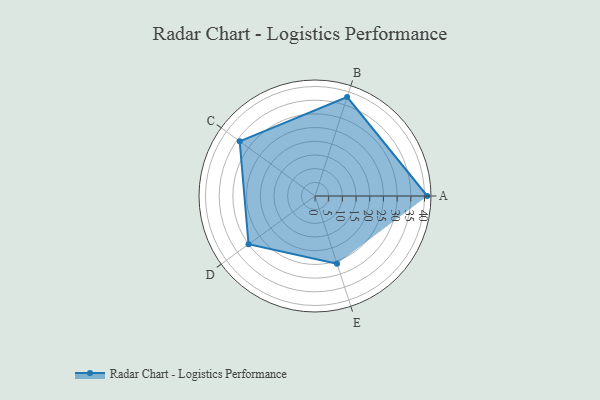
{"axis": {"x": "Skill", "y": "Score"}, "legend": ["Profile"], "data": [{"x": "A", "y": 41.0, "type": "Profile"}, {"x": "B", "y": 38.0, "type": "Profile"}, {"x": "C", "y": 34.0, "type": "Profile"}, {"x": "D", "y": 30.0, "type": "Profile"}, {"x": "E", "y": 26.0, "type": "Profile"}]}